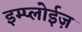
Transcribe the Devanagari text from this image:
इम्प्लोईज़